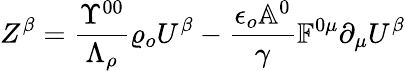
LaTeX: Z^{\beta}=\frac{\Upsilon^{00}}{\Lambda_{\rho}}\varrho_{o}U^{\beta}-\frac{\epsilon_{o}\mathbb{A}^{0}}{\gamma}\mathbb{F}^{0\mu}\partial_{\mu}U^{\beta}